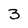
Character: 3